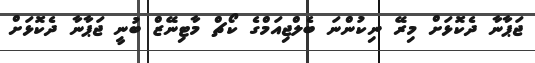
ޖަޕާނާ ދެކޮޅަށް މިރޭ ނިކުންނަ ބެލްޖިއަމްގެ ކޯޗް މާޓިނޭޒް ބުނީ ޖަޕާނާ ދެކޮޅަށް